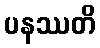
ပနဿတိ